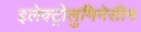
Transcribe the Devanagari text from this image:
इलेक्ट्रोलुमिनेसीन